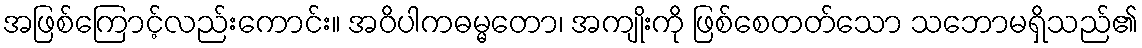
အဖြစ်ကြောင့်လည်းကောင်း။ အဝိပါကဓမ္မတော၊ အကျိုးကို ဖြစ်စေတတ်သော သဘောမရှိသည်၏